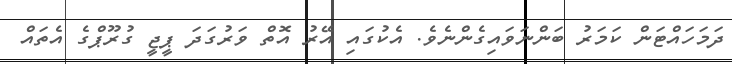
ދަމަހައްޓަން ކަމަރު ބަންނަވައިގެންނެވެ. އެކުގައި އޭރު އޮތް ވަރުގަދަ ޕީޖީ ގުރޫޕްގެ އެތައް